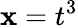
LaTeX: \mathbf{x}=t^{3}